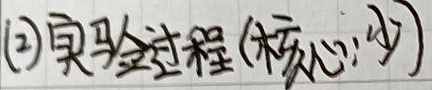
\textcircled{2}实验过程(核心:少)